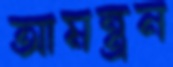
আমন্ত্রন